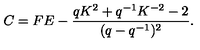
C = F E - \frac { q K ^ { 2 } + q ^ { - 1 } K ^ { - 2 } - 2 } { ( q - q ^ { - 1 } ) ^ { 2 } } . \nonumber